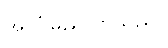
အသံမြည်လာသည်။